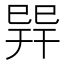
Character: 𢁅